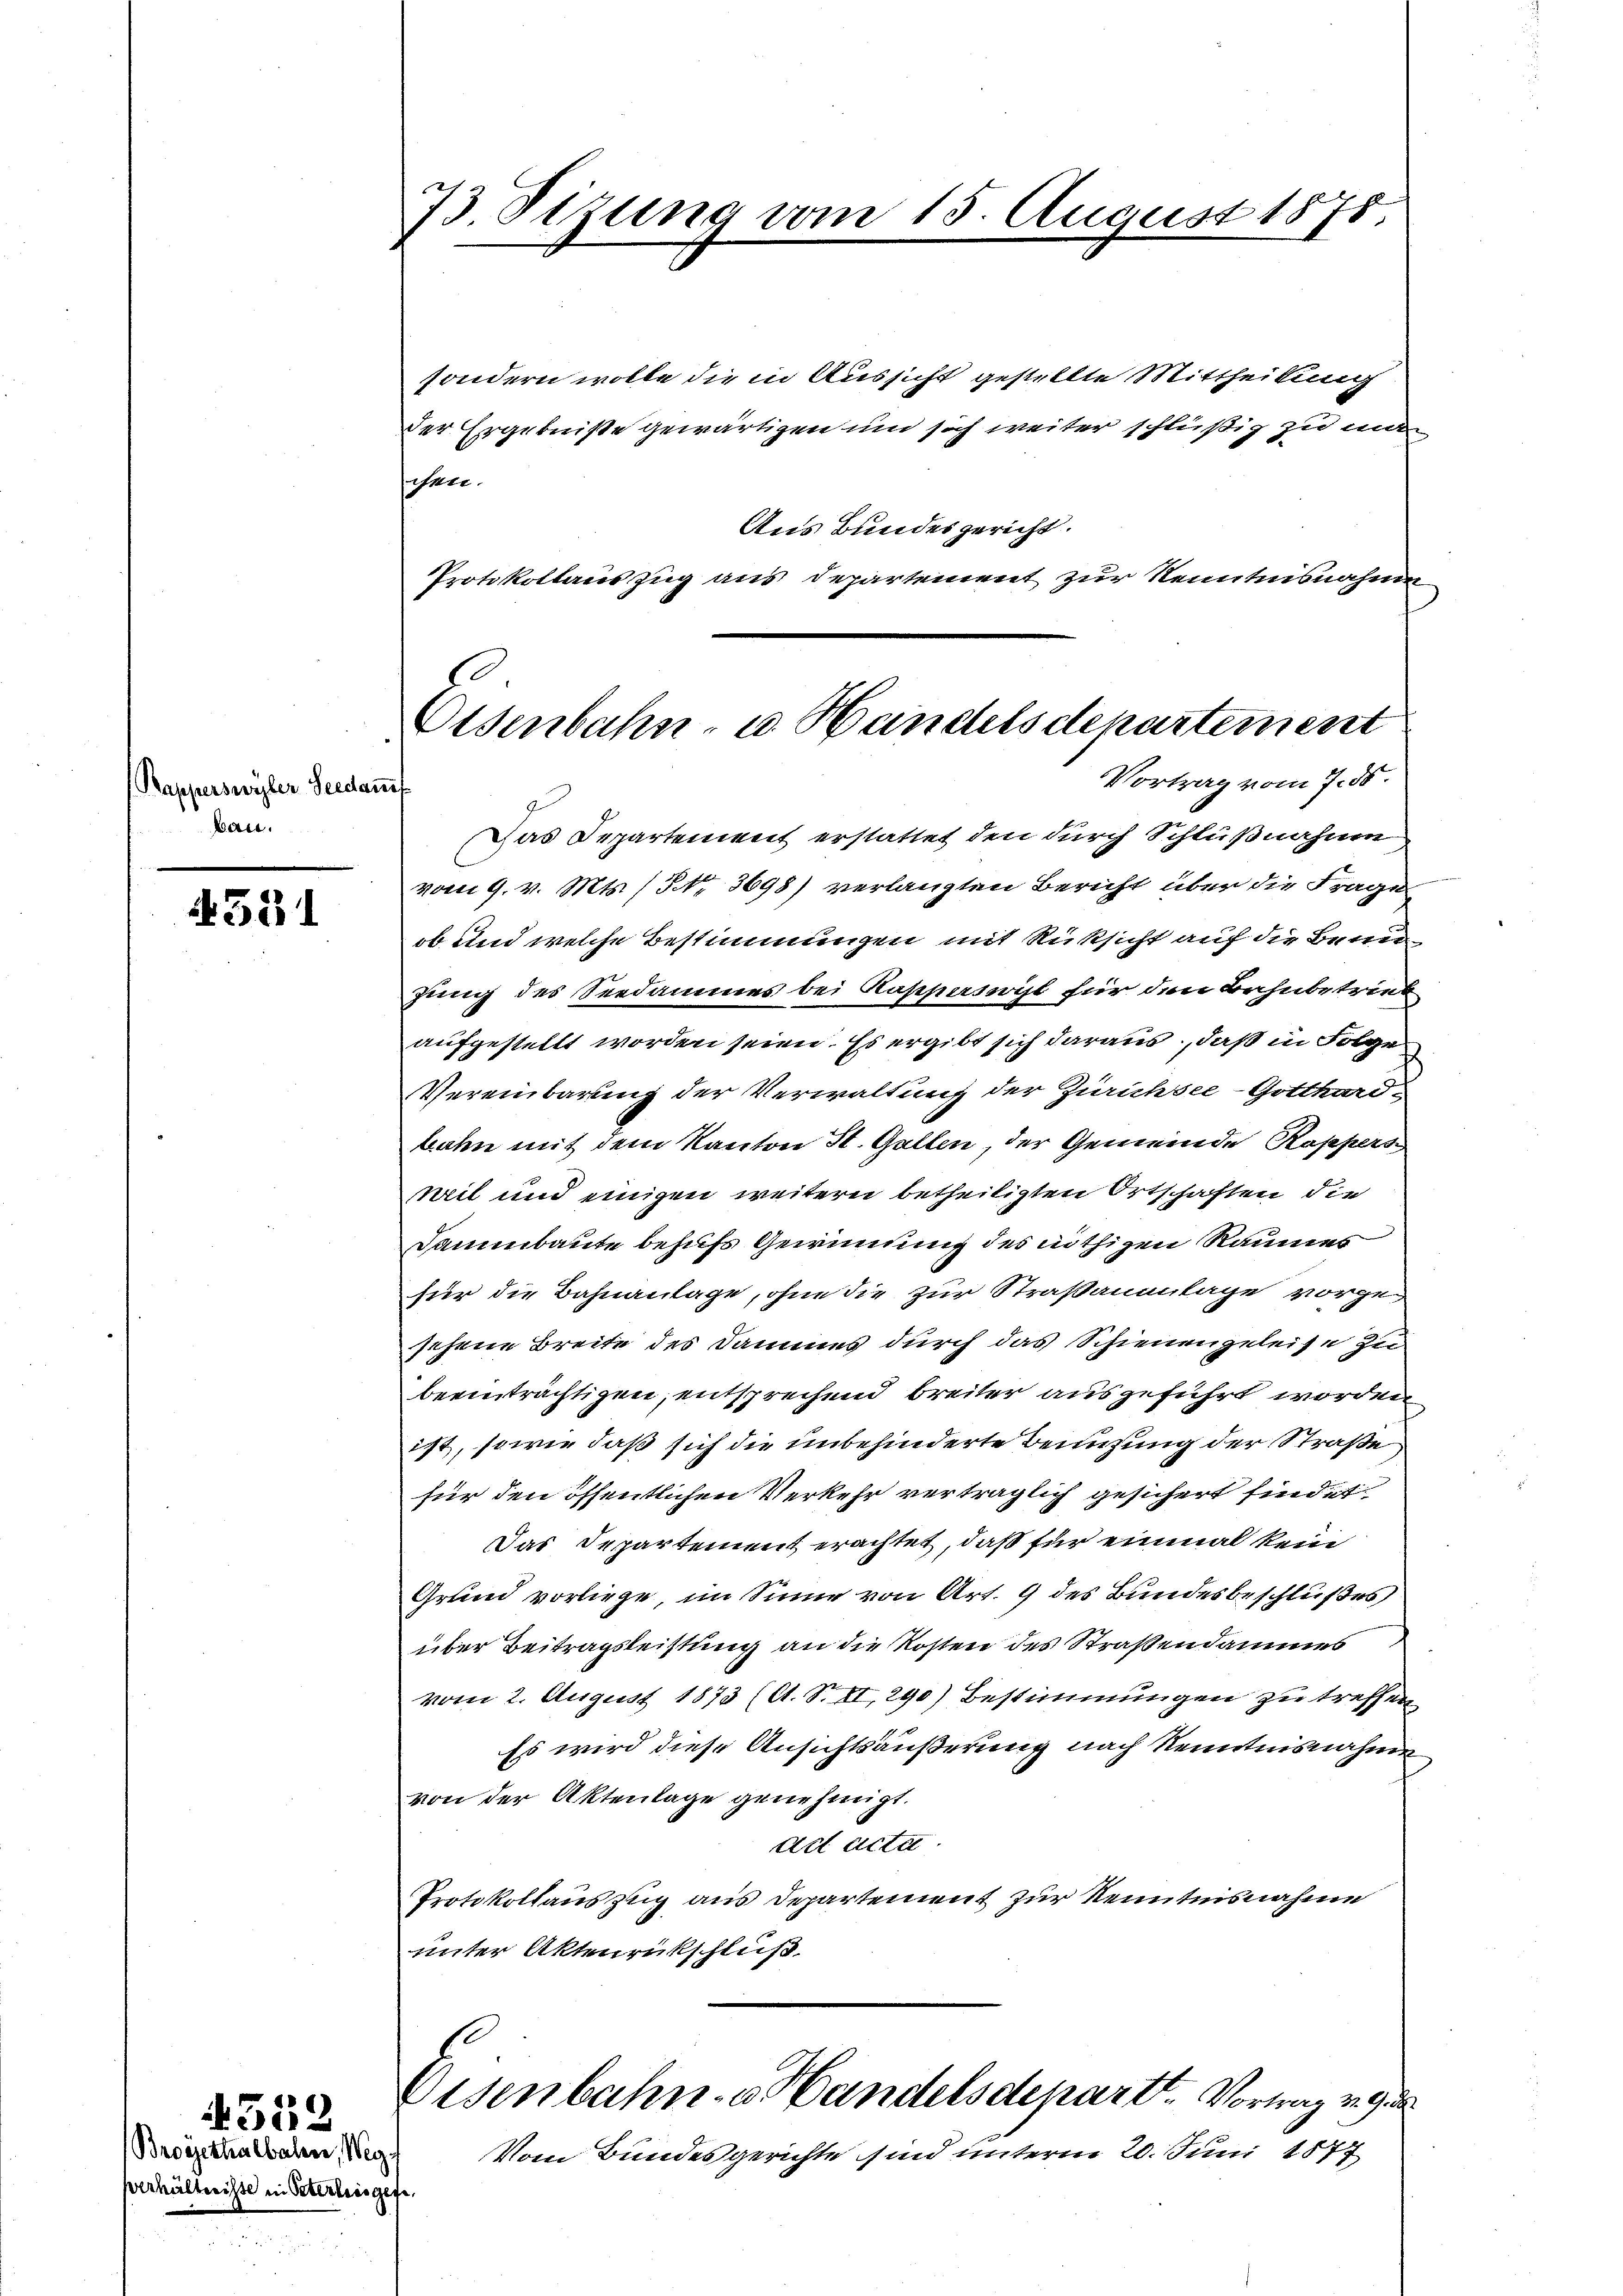
Kapperswyler Seedauf
bau.

4321

Verhältnisse in Peterliege

4558
Broggethalbahn, Weg

73. Sitzung vom 15. August 1875.

Protokollauszug aus Departement zur Kenntnisnahme
E
Osenbahn- u. Handelsdepartement
Vortrag vom 7. 55.

sondern wolle die in Aussicht gestellte Mittheilung
der Ergebniße gewärtigen und sich weiter schlüßig zu ma
sehen.
Aus Bundesgericht.
Das Departement erstattet den durch Schlußnahme
vom 9. v. Mts. (NNo. 3698) verlangten Bericht über die Frage
ob und welche Bestimmungen mit Rüksicht auf die Benuzung des Seedammes bei Kapperswyl für den Bahnbetrieb
aufgestellt worden seien. Es ergibt sich daraus, daß in Folge
Vereinbarung der Verwaltung der Zürichsee-Gotthard-
bahn mit dem Kanton St. Gallen, der Gemeinde Kappers
weil und einigen weitern betheiligten Ortschaften die
Dammbaute behufs Gewinnung des nöthigen Raumes
für die Bahnanlage, ohne die zur Straßanenlage vorgeschene Breite des Dammes durch das Schienengeleise zu
beeinträchtigen, entsprechend breiter auszuführt worden
ist, sowie daß sich die unbehinderte Benuzung der Straße
für den öffentlichen Verkehr verträglich gesichert findet
Das Departement erachtet, daß für einmal kein
Grund vorliege, im Sinne von Art. 9 des Bundesbeschlußes
über Beitragsleistung an die Kosten des Straßendammes
vom 2. August 1873 (A. S. II, 290) Bestimmungen zu treffen
Es wird diese Ansichtsäußerung nach Kenntnisnahme
von der Aktenlage genehmigt.
ad acta.
Protokollauszug aus Departement zur Kenntnisnahme
unter Aktenrückschluß
Eisenbahn- u. Handelsdepart. Vortrag v. Ge
Vom Bundesgerichte sind unterm 20. Juni 1877
¬